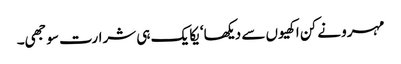
مہرو نے کن اکھیوں سے دیکھا‘ یکا یک ہی شرارت سوجھی۔